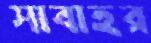
সাবাহর